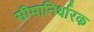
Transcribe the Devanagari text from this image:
सीमानिर्धारक